Annual administration report of the Civil Veterinary Department of India - 1897-1898
Year: 1897
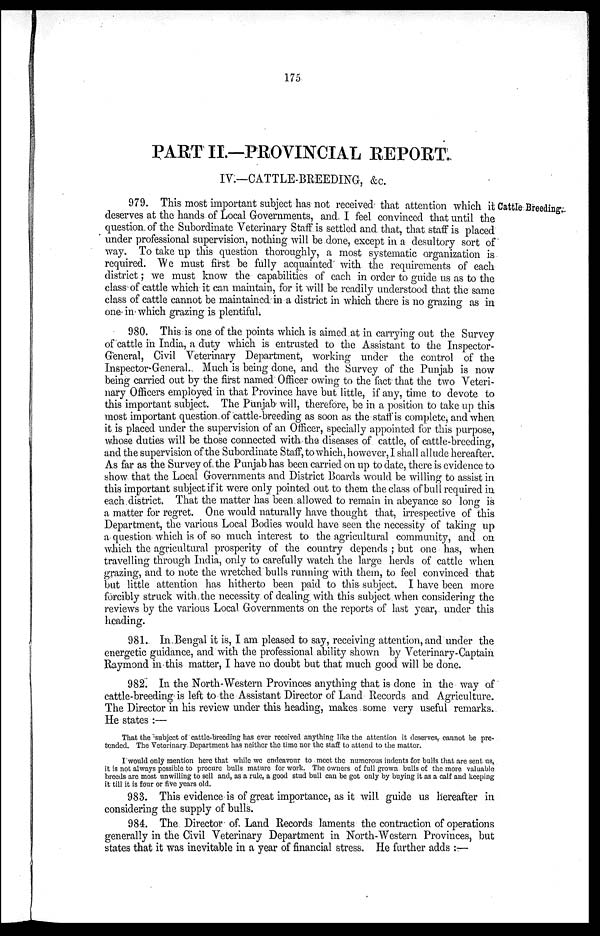
175
PART II.—PROVINCIAL REPORT.
IV.—CATTLE-BREEDING, &c.
Cattle Breeding.
979. This most important subject has not received that attention which it
deserves at the hands of Local Governments, and I feel convinced that until the
question of the Subordinate Veterinary Staff is settled and that, that staff is placed
under professional supervision, nothing will be done, except in a desultory sort of
way. To take up this question thoroughly, a most systematic organization is
required. We must first be fully acquainted with the requirements of each
district; we must know the capabilities of each in order to guide us as to the
class of cattle which it can maintain, for it will be readily understood that the same
class of cattle cannot be maintained in a district in which there is no grazing as in
one in which grazing is plentiful.
980. This is one of the points which is aimed at in carrying out the Survey
of cattle in India, a duty which is entrusted to the Assistant to the Inspector-
General, Civil Veterinary Department, working under the control of the
Inspector-General. Much is being done, and the Survey of the Punjab is now
being carried out by the first named Officer owing to the fact that the two Veteri-
nary Officers employed in that Province have but little, if any, time to devote to
this important subject. The Punjab will, therefore, be in a position to take up this
most important question of cattle-breeding as soon as the staff is complete, and when
it is placed under the supervision of an Officer, specially appointed for this purpose,
whose duties will be those connected with the diseases of cattle, of cattle-breeding,
and the supervision of the Subordinate Staff, to which, however, I shall allude hereafter.
As far as the Survey of the Punjab has been carried on up to date, there is evidence to
show that the Local Governments and District Boards would be willing to assist in
this important subject if it were only pointed out to them the class of bull required in
each district. That the matter has been allowed to remain in abeyance so long is
a matter for regret. One would naturally have thought that, irrespective of this
Department, the various Local Bodies would have seen the necessity of taking up
a question which is of so much interest to the agricultural community, and on
which the agricultural prosperity of the country depends; but one has, when
travelling through India, only to carefully watch the large herds of cattle when
grazing, and to note the wretched bulls running with them, to feel convinced that
but little attention has hitherto been paid to this subject. I have been more
forcibly struck with the necessity of dealing with this subject when considering the
reviews by the various Local Governments on the reports of last year, under this
heading.
981. In Bengal it is, I am pleased to say, receiving attention, and under the
energetic guidance, and with the professional ability shown by Veterinary-Captain
Raymond in this matter, I have no doubt but that much good will be done.
982. In the North-Western Provinces anything that is done in the way of
cattle-breeding is left to the Assistant Director of Land Records and Agriculture.
The Director in his review under this heading, makes some very useful remarks.
He states:—
That the subject of cattle-breeding has ever received anything like the attention it deserves, cannot be pre-
tended. The Veterinary Department has neither the time nor the staff to attend to the matter.
I would only mention here that while we endeavour to meet the numerous indents for bulls that are sent us,
it is not always possible to procure bulls mature for work. The owners of full grown bulls of the more valuable
breeds are most unwilling to sell and, as a rule, a good stud bull can be got only by buying it as a calf and keeping
it till it is four or five years old.
983. This evidence is of great importance, as it will guide us hereafter in
considering the supply of bulls.
984. The Director of Land Records laments the contraction of operations
generally in the Civil Veterinary Department in North-Western Provinces, but
states that it was inevitable in a year of financial stress. He further adds:—